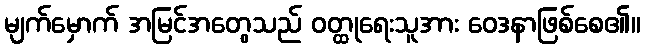
မျက်မှောက် အမြင်အတွေသည် ဝတ္ထုရေးသူအား ဝေဒနာဖြစ်စေ၏။